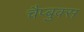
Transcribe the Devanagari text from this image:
चैप्बुक्स